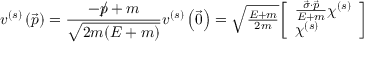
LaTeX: v ^ { ( s ) } \left( { \vec { p } } \right) = { \frac { - { p \! \! \! / } + m } { \sqrt { 2 m ( E + m ) } } } v ^ { ( s ) } \left( { \vec { 0 } } \right) = \textstyle { \sqrt { \frac { E + m } { 2 m } } } { \left[ \begin{array} { l } { { \frac { { \vec { \sigma } } \cdot { \vec { p } } } { E + m } } \chi ^ { ( s ) } } \\ { \chi ^ { ( s ) } } \end{array} \right] }